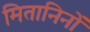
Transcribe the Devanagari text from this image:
मितानिनों